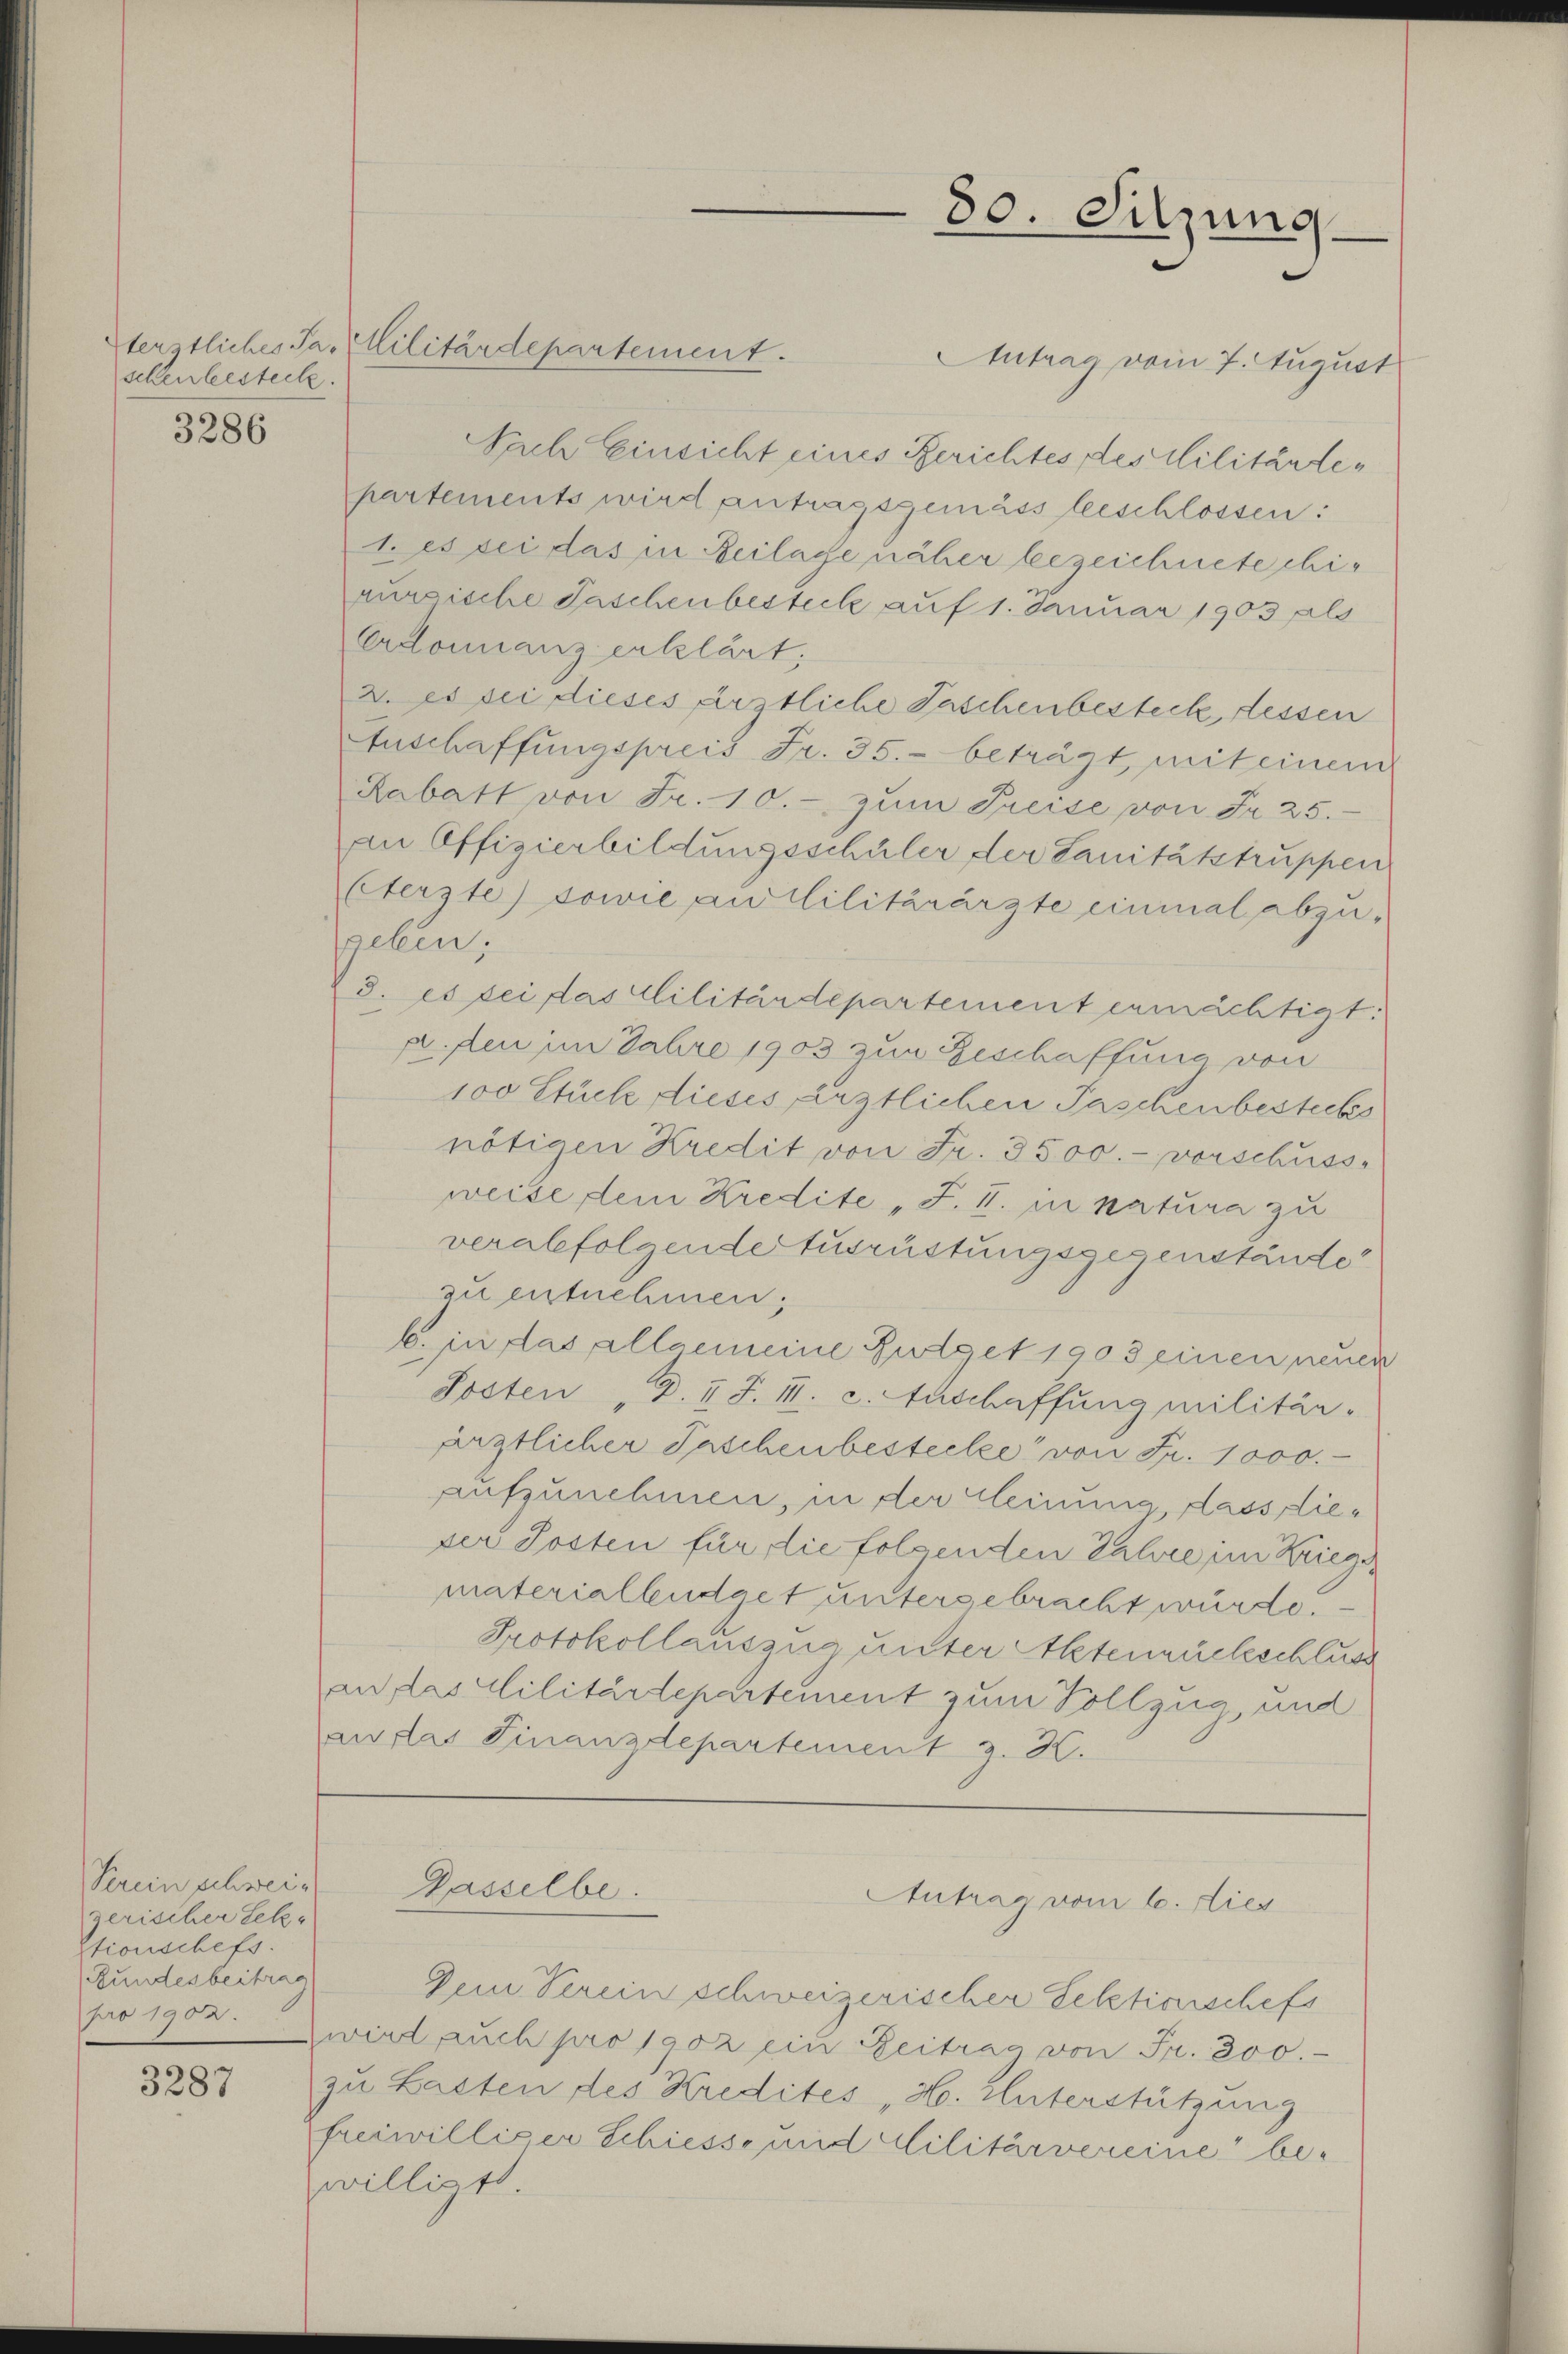
schenbestecke.

3287

3286

Verein schweizerischer Seke
Stionschefs
Bundesbeitrag
pro 1902.

terstliches Par Militärdepartement.
Antrag vom 7. August
Nach Einsicht eines Gerichtes des Militärtehartements wird antragsgemäss beschlossen:
1. es sei das in Beilage näher bezeichnete chiaurgische Taschen besteck auf 1. Januar 1903 als
Erdonnanz erklärt;
2. Es sei dieses artliche Taschenbestecke, dessen
AAnschaffungspreis Fr. 35. beträgt, mit einem
Rabatt von Fr. 10.- zum Preise von Fr. 25.
an Offizierbildungsschüler der Sanitätstruppen
Eterste) sowie an Militärärzte einmal abzu-
geben;
d. es sei das Militärdepartement ermächtigt:
p. den im Jahre 1903 zur Beschaffung von
100 Stück dieses ärztlichen Paschenbesteckes
nötigen Kredit von Fr. 3500.- vorschuss-
weise dem Kredite " J. H. in natura zu
verabfolgende Ausrüstungsgegenstände
zu entnehmen.
b. in das allgemeine Fulget 1903 einen neuen
Sosten „D. I S. II. c. Anschaffung militär-
ärztlicher Paschenbesteile von Fr. 1000.-
aufzunehmen, in der Kleinung, dass dieper Posten für die folgenden Jahre im Kriegsmaterialbüdget untergebracht würde.
Protokollauszug unter Aktenrückschlus
an das Militärdepartement zum Vollzug, und
an das Finanzdepartement z. H.

Dasselbe.

80. Sitzung

Antrag vom 6. dies

Dem Vereinschweizerischer Sektionschefs
wird auch pro 1902 ein Zeitrag von Fr. 300.
zu Lasten des Kredites, H. Unterstützung
freiwilliger Schiesse und Militärvereine bewilligt.